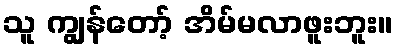
သူ ကျွန်တော့် အိမ်မလာဖူးဘူး။